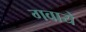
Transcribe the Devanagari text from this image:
गवाये